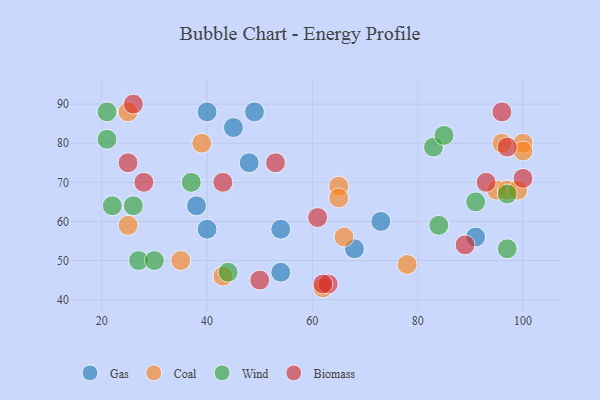
{"axis": {"x": "GDP", "y": "Life Expectancy"}, "legend": ["Biomass", "Coal", "Gas", "Wind"], "data": [{"x": "40", "y": 88, "type": "Gas"}, {"x": "45", "y": 84, "type": "Gas"}, {"x": "48", "y": 75, "type": "Gas"}, {"x": "73", "y": 60, "type": "Gas"}, {"x": "54", "y": 58, "type": "Gas"}, {"x": "68", "y": 53, "type": "Gas"}, {"x": "38", "y": 64, "type": "Gas"}, {"x": "49", "y": 88, "type": "Gas"}, {"x": "54", "y": 47, "type": "Gas"}, {"x": "40", "y": 58, "type": "Gas"}, {"x": "91", "y": 56, "type": "Gas"}, {"x": "65", "y": 69, "type": "Coal"}, {"x": "25", "y": 88, "type": "Coal"}, {"x": "35", "y": 50, "type": "Coal"}, {"x": "96", "y": 80, "type": "Coal"}, {"x": "66", "y": 56, "type": "Coal"}, {"x": "39", "y": 80, "type": "Coal"}, {"x": "78", "y": 49, "type": "Coal"}, {"x": "25", "y": 59, "type": "Coal"}, {"x": "95", "y": 68, "type": "Coal"}, {"x": "97", "y": 68, "type": "Coal"}, {"x": "100", "y": 80, "type": "Coal"}, {"x": "99", "y": 68, "type": "Coal"}, {"x": "65", "y": 66, "type": "Coal"}, {"x": "43", "y": 46, "type": "Coal"}, {"x": "62", "y": 43, "type": "Coal"}, {"x": "100", "y": 78, "type": "Coal"}, {"x": "84", "y": 59, "type": "Wind"}, {"x": "27", "y": 50, "type": "Wind"}, {"x": "91", "y": 65, "type": "Wind"}, {"x": "97", "y": 53, "type": "Wind"}, {"x": "97", "y": 67, "type": "Wind"}, {"x": "83", "y": 79, "type": "Wind"}, {"x": "44", "y": 47, "type": "Wind"}, {"x": "30", "y": 50, "type": "Wind"}, {"x": "22", "y": 64, "type": "Wind"}, {"x": "21", "y": 88, "type": "Wind"}, {"x": "85", "y": 82, "type": "Wind"}, {"x": "37", "y": 70, "type": "Wind"}, {"x": "26", "y": 64, "type": "Wind"}, {"x": "21", "y": 81, "type": "Wind"}, {"x": "61", "y": 61, "type": "Biomass"}, {"x": "28", "y": 70, "type": "Biomass"}, {"x": "89", "y": 54, "type": "Biomass"}, {"x": "63", "y": 44, "type": "Biomass"}, {"x": "26", "y": 90, "type": "Biomass"}, {"x": "97", "y": 79, "type": "Biomass"}, {"x": "43", "y": 70, "type": "Biomass"}, {"x": "100", "y": 71, "type": "Biomass"}, {"x": "50", "y": 45, "type": "Biomass"}, {"x": "62", "y": 44, "type": "Biomass"}, {"x": "25", "y": 75, "type": "Biomass"}, {"x": "53", "y": 75, "type": "Biomass"}, {"x": "96", "y": 88, "type": "Biomass"}, {"x": "93", "y": 70, "type": "Biomass"}]}